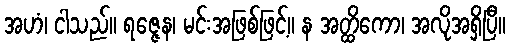
အဟံ၊ ငါသည်။ ရဇ္ဇေန၊ မင်းအဖြစ်ဖြင့်။ န အတ္ထိကော၊ အလိုအရှိပြီ။